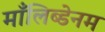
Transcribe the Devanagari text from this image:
माँलिब्डेनम